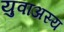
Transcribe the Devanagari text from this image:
युवाअस्य